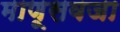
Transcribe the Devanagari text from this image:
माणूसवजा